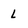
Character: l